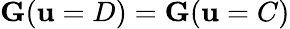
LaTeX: \mathbf{G}(\mathbf{u}=D)=\mathbf{G}(\mathbf{u}=C)